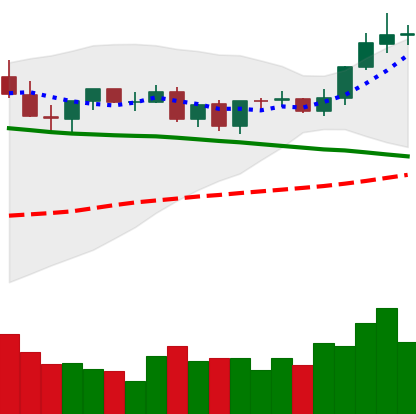
Ticker: TRX-USD
Chart end date: 2021-09-04
Forward return: -8.503%
Label: down_7plus